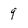
Character: 9